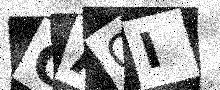
Text: CACI